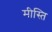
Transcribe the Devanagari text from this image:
मीस्ति